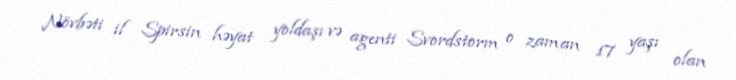
Növbəti il Spirsin həyat yoldaşı və agenti Svordstorm o zaman 17 yaşı olan